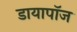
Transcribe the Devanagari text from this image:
डायापॉज